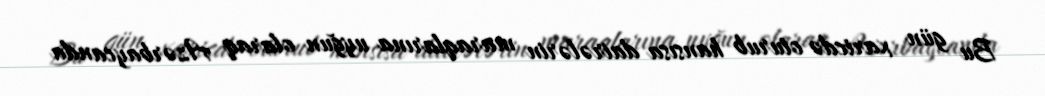
Bu gün xaricdə oturub hansısa dairələrin maraqlarına uyğun olaraq Azərbaycanda